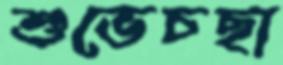
শুভেচছা